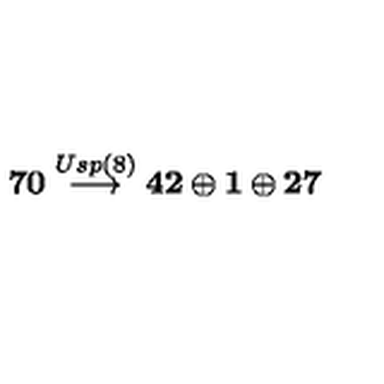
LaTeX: { \bf 7 0 } \stackrel { U s p ( 8 ) } { \longrightarrow } { \bf 4 2 } \oplus { \bf 1 } \oplus { \bf 2 7 }